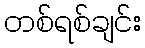
တစ်ရစ်ချင်း